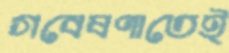
গবেষণাতেই